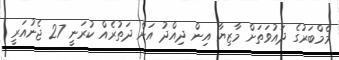
މެމްބަރުގެ ދައުވަތަށް މާޒިޔާ އިން ދިއްދު އަށް ދަތުރެއް ކުރަނީ 27 ޖެނުއަރީ